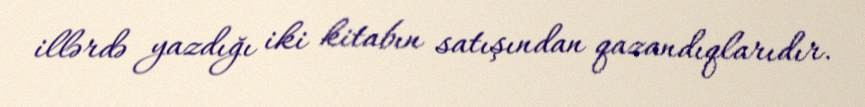
illərdə yazdığı iki kitabın satışından qazandıqlarıdır.